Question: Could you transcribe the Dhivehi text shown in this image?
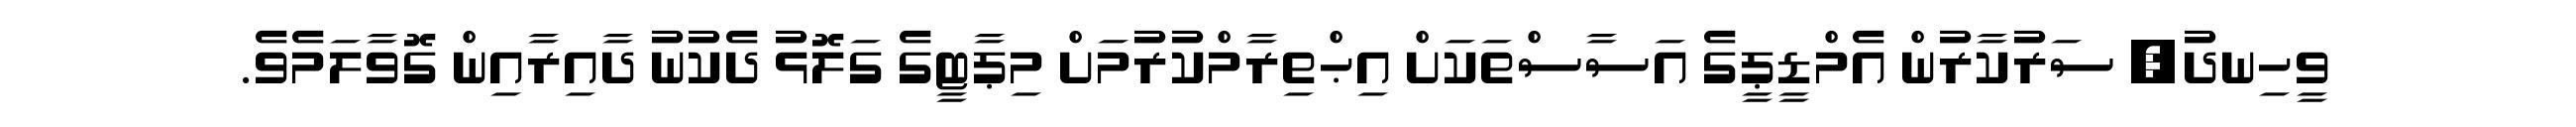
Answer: ވީހިނދު, ސަރުކާރުން އެމްޑީޕީގެ އަސާސްތަކަށް އިޙްތިރާމްކުރުމަށް މިޕާޓީގެ ގަލޮޅު ދެކުނު ދާއިރާއިން ގޮވާލަމެވެ.